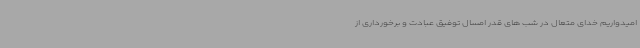
امیدواریم خدای متعال در شب های قدر امسال توفیق عبادت و برخورداری از